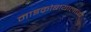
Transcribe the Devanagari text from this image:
माइक्रोबायालाजी